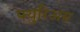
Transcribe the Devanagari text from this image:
फ्युरिअस